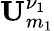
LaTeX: {\mathbf U}_{m_{1}}^{\nu_{1}}